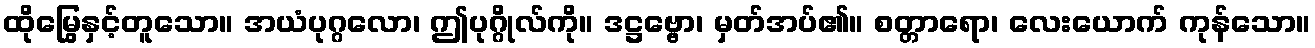
ထိုမြွေနှင့်တူသော။ အယံပုဂ္ဂလော၊ ဤပုဂ္ဂိုလ်ကို။ ဒဋ္ဌဗ္ဗော၊ မှတ်အပ်၏။ စတ္တာရော၊ လေးယောက် ကုန်သော။